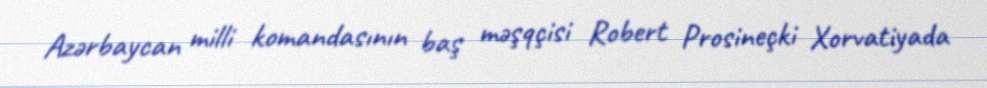
Azərbaycan milli komandasının baş məşqçisi Robert Prosineçki Xorvatiyada